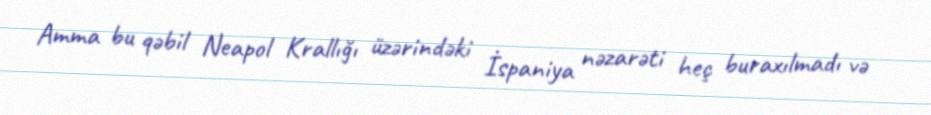
Amma bu qəbil Neapol Krallığı üzərindəki İspaniya nəzarəti heç buraxılmadı və